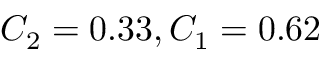
C _ { 2 } = 0 . 3 3 , C _ { 1 } = 0 . 6 2